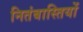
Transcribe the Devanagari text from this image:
नितंबास्तियों